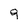
Character: 9